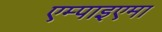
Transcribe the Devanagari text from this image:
एम्पाइएमा